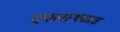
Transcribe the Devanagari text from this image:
दफनस्थळास